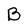
Character: B